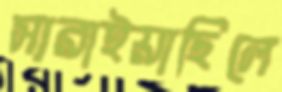
সারাইয়াছিলে